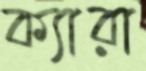
ক্যারা